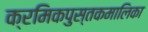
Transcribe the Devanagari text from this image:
क्रमिकपुस्तकमालिका